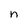
Character: n